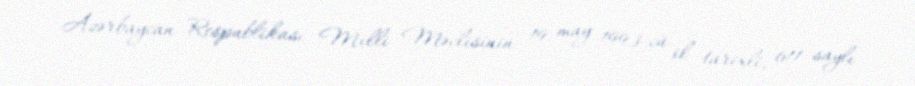
Azərbaycan Respublikası Milli Məclisinin 19 may 1993-cü il tarixli, 611 saylı